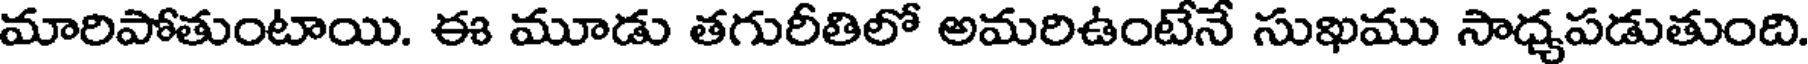
మారిపోతుంటాయి. ఈ మూడు తగురీతిలో అమరిఉంటేనే సుఖము సాధ్యపడుతుంది